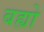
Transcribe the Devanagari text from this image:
बह्यो